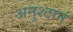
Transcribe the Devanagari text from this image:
अनुश्ठान